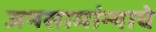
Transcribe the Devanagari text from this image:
जनसामांन्याचे